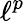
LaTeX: \ell^{p}